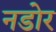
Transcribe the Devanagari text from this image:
नडोर